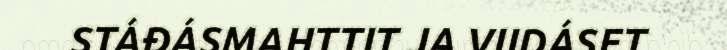
STÁĐÁSMAHTTIT JA VIIDÁSET